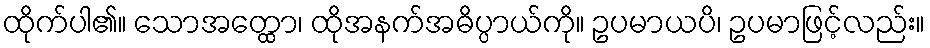
ထိုက်ပါ၏။ သောအတ္ထော၊ ထိုအနက်အဓိပ္ပာယ်ကို။ ဥပမာယပိ၊ ဥပမာဖြင့်လည်း။